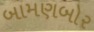
બામણબોર